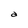
Character: a